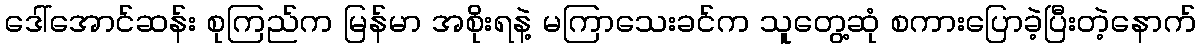
ဒေါ်အောင်ဆန်း စုကြည်က မြန်မာ အစိုးရနဲ့ မကြာသေးခင်က သူတွေ့ဆုံ စကားပြောခဲ့ပြီးတဲ့နောက်